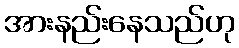
အားနည်းနေသည်ဟု